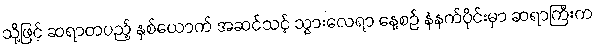
သို့ဖြင့် ဆရာတပည့် နှစ်ယောက် အဆင်သင့် သွားလေရာ နေ့စဉ် နံနက်ပိုင်းမှာ ဆရာကြီးက